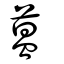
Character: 蒀